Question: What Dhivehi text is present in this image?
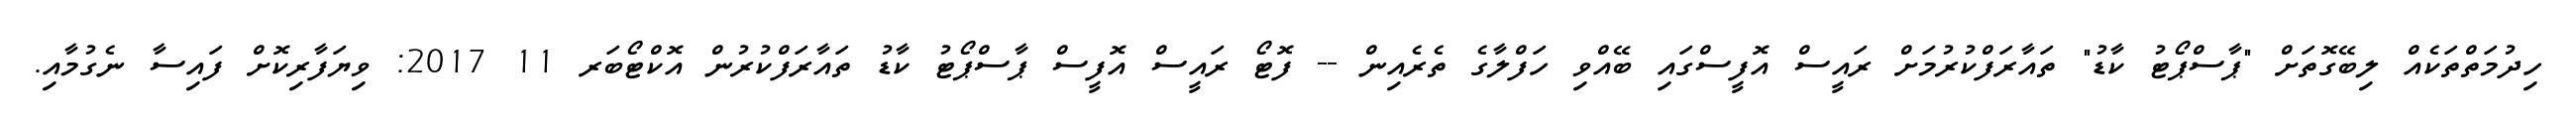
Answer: ހިދުމަތްތަކެއް ލިބޭގޮތަށް "ޕާސްޕޯޓު ކާޑު" ތައާރަފްކުރުމަށް ރައީސް އޮފީސްގައި ބޭއްވި ހަފްލާގެ ތެރެއިން -- ފޮޓޯ ރައީސް އޮފީސް ޕާސްޕޯޓު ކާޑު ތައާރަފްކުރުން އޮކްޓޯބަރ 11 2017: ވިޔަފާރިކޮށް ފައިސާ ނެގުމާއި.